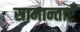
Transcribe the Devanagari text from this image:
सामान्ताएँ